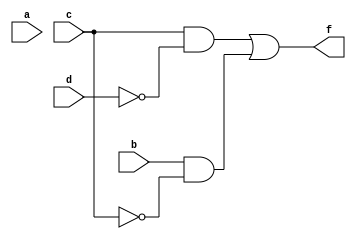
module q1b(a, b, c, d, f);
input a, b, c, d;
output f;

assign f = (c & (~d)) | (b & (~c));
endmodule